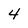
Character: 4